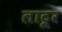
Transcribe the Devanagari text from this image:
लाटूर